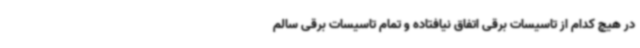
در هیچ‌ کدام از تاسیسات برقی اتفاق نیافتاده و تمام تاسیسات برقی سالم